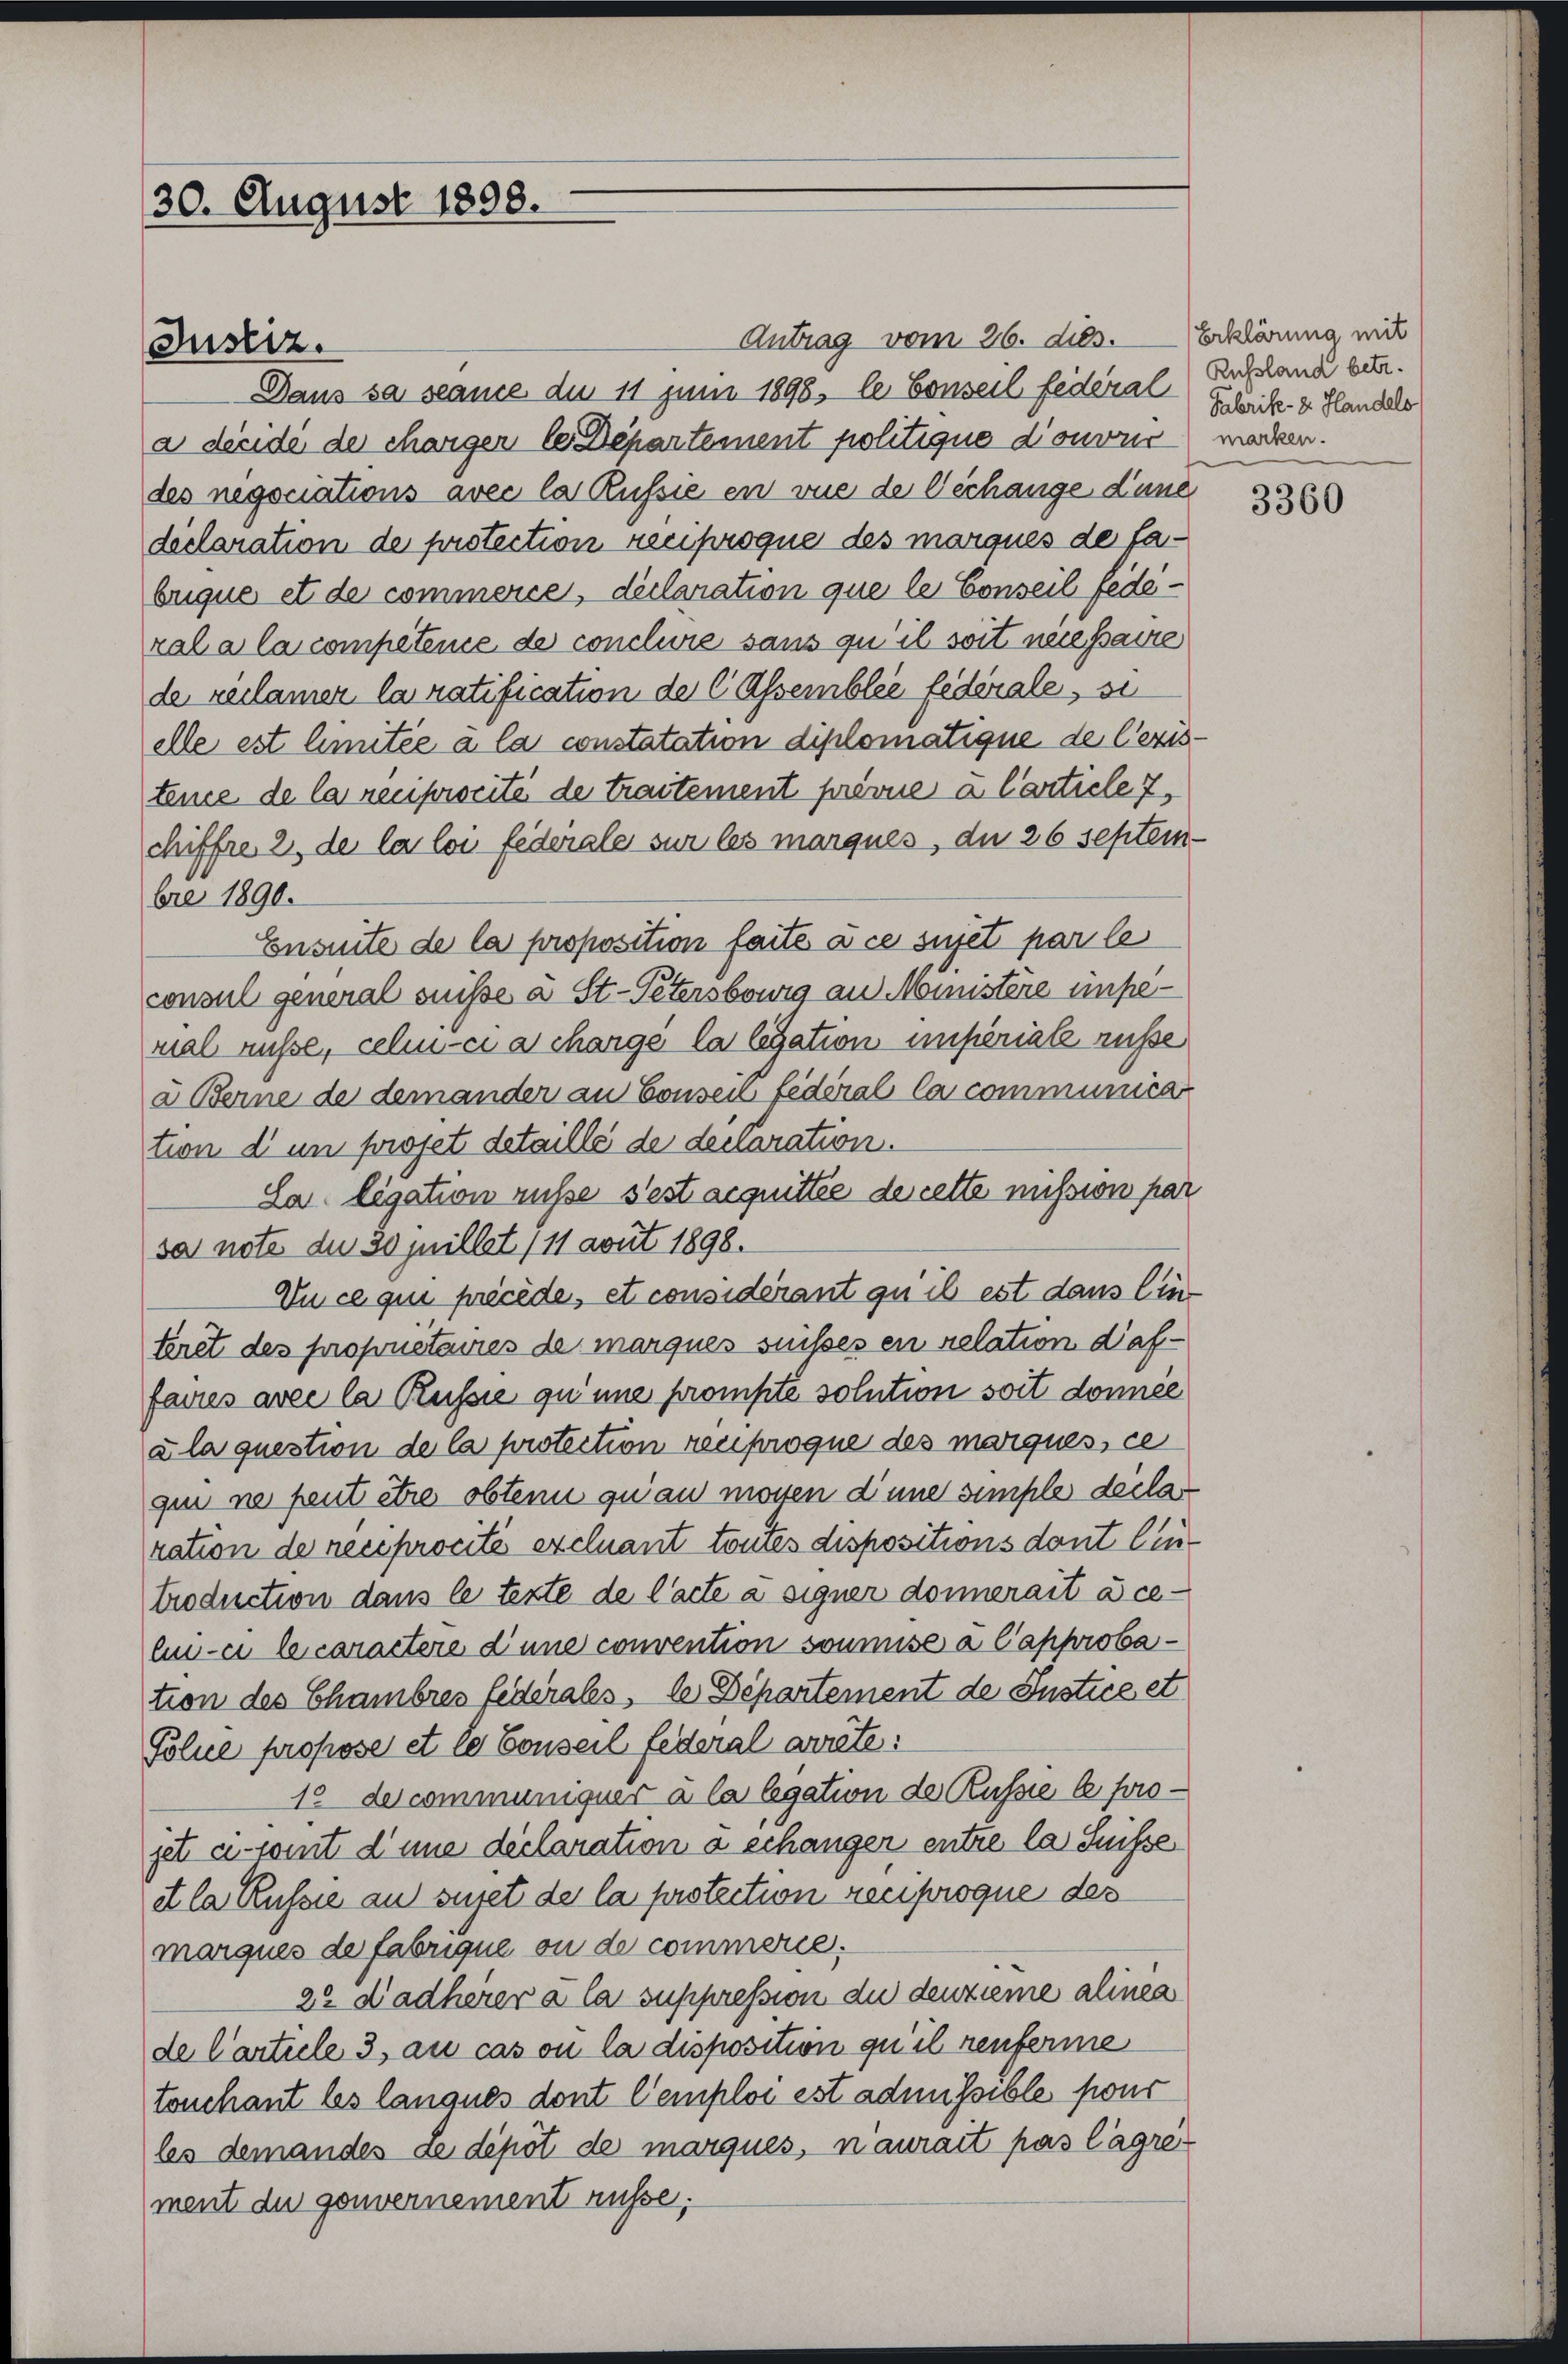
30. August 1898.

Antrag vom 26. dies. Erklärung mit
Daus sa scame du 11 Juni 1898, le Conseil federal Ausland betr.
a decidi de charger le Departement politique donone machen.
des negociations avec la Russie en vue de Verhänge d’une
declaration de protection reciproque des marques de fabuque et de commerce, declaration que le Conseil federala la compétence de conclure sans qu’ il soit necessaire
de reclamer la ratification de C Assemblée fédérale, si
elle est limitée à la constatation diplomatique de lezistence de la reciprocité de traitement prévue à l’article 7,
chiffre 2, de la loi federiale sur les marques, du 26 septembre 1890.
Ensuite de la proposition faite à ce sujet par le
consul general suisse à St. Petersburg an Ministère impeval nüsse, celui-ci a charge la legation imperiale ruse
a Berne de demander an Consen fédéral la communicat
tion d’un projet detaillé de declaration.
La ligation rüsse sest acquittée de cette mission par
sa note du 30 Juillet 111 avut 1898.
Du ce qui précéde, et considerant qui est dans lintiret des propretaires de marques suisses en relation daffacies avec la Russie qu’une prompte solution soit donnée
zla question de la protection reciproque des marques, ce
qui ne peut être obtenu qu’au mossen diene simple decla
ration de reciprocité excluant toutes dispositions dont lintroduction dans le texte de lacte a signer donnerait à ce-
li-ci le caractere d’une convention soumise a Capprobation des Chambres Federales, le Departement de Instice et
Polue propose et le Conseil federal arrête:
12 de communiquer à la legation der Russie le projet a comit d’une declaration a erhänger entre la Suisse
et la Russie au sujet de la protection reciproque des
marques de fabrique ou de commerie:
22 Dadherer à la suppression du denzieme alinea
de Carticle 3, au cas ou la disposition qu’il renferme
touchant les langues dont l’emploi est admissible pour
les demandes Le dépôt de marques, naurait pas lagre
ment du gouvernement rüsse.

Justiz.

Fabrike - 2. Handels

3360